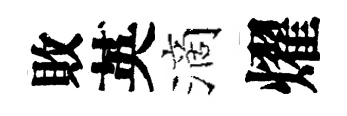
敗英滴燿